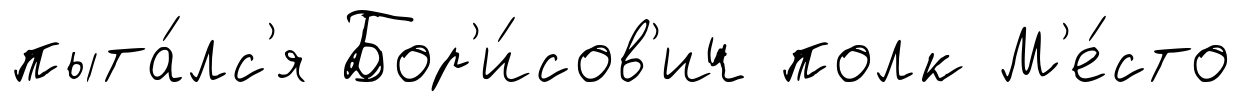
пыта́лс'я Бор'и́сов'ич полк М'е́сто